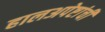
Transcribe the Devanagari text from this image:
हालअपेष्टांची